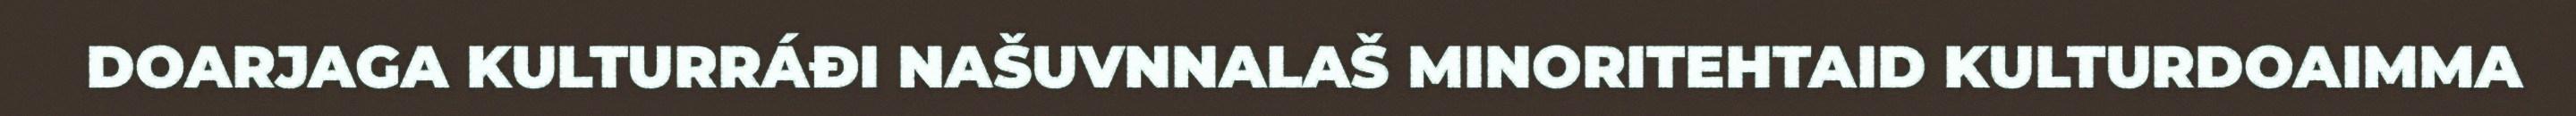
DOARJAGA KULTURRÁĐI NAŠUVNNALAŠ MINORITEHTAID KULTURDOAIMMA